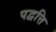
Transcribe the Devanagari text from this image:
पद्वत्ति